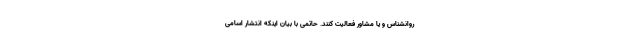
روانشناس و یا مشاور فعالیت کنند. حاتمی با بیان اینکه انتشار اسامی